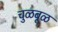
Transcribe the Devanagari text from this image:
चुळबूळ